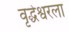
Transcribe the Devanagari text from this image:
वृद्धेश्वरला